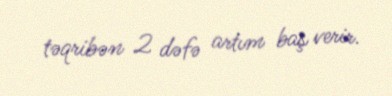
təqribən 2 dəfə artım baş verir.